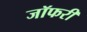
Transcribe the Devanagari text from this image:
जॉफरी